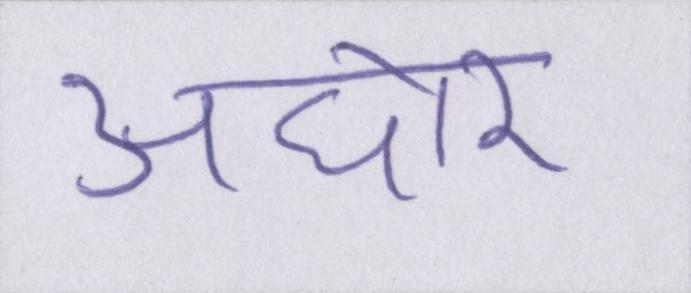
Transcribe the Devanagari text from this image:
अघोर